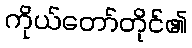
ကိုယ်တော်တိုင်၏